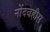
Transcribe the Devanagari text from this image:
नोंदवहीस